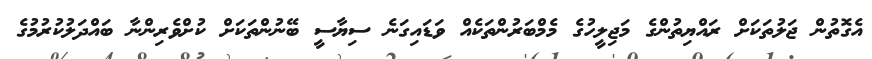
އެގޮތުން ޖަލުތަކަށް ރައްޔިތުންގެ މަޖިލީހުގެ މެމްބަރުންތަކެއް ވަޑައިގަނެ ސިޔާސީ ބޭނުންތަކަށް ކުށްވެރިންނާ ބައްދަލުކުރުމުގެ